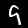
Digit: 9